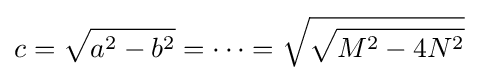
c={\sqrt {a^{2}-b^{2}}}=\dotsb ={\sqrt {\sqrt {M^{2}-4N^{2}}}}\